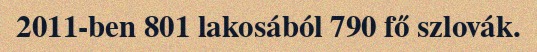
2011-ben 801 lakosából 790 fő szlovák.